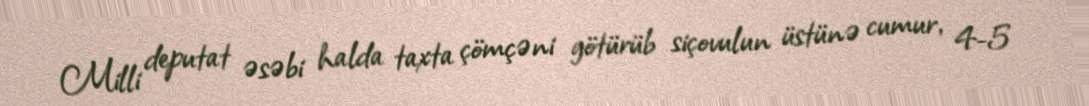
Milli deputat əsəbi halda taxta çömçəni götürüb siçovulun üstünə cumur, 4-5